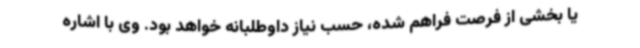
یا بخشی از فرصت فراهم شده، حسب نیاز داوطلبانه خواهد بود. وی با اشاره